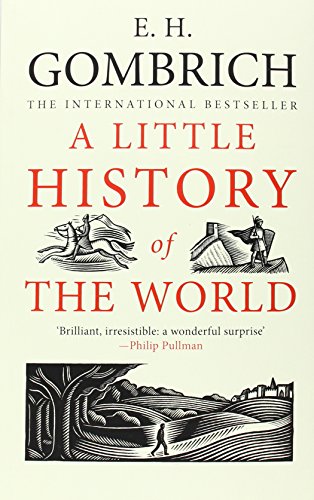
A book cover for A Little History of the World; E. H. Gombrich; Politics & Social Sciences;